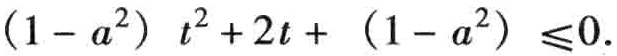
\((1 - a^{2})t^{2}+2t+(1 - a^{2})\leq0\)